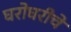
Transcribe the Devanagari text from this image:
घरोघरीचे